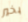
بخير